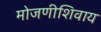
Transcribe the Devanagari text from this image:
मोजणीशिवाय